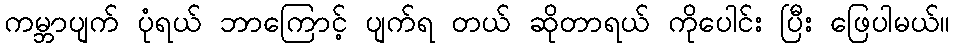
ကမ္ဘာပျက် ပုံရယ် ဘာကြောင့် ပျက်ရ တယ် ဆိုတာရယ် ကိုပေါင်း ပြီး ဖြေပါမယ်။